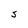
Character: S